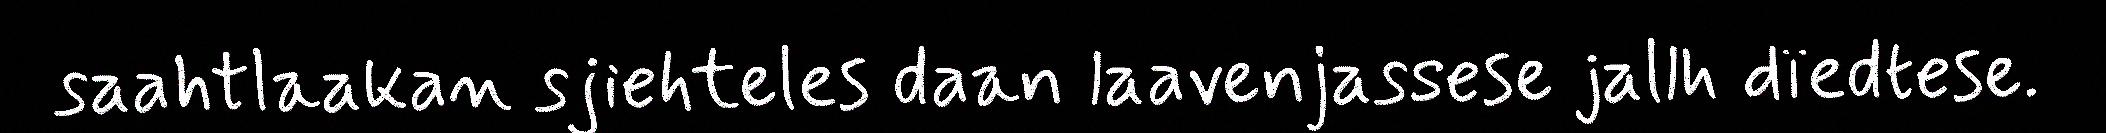
saahtlaakan sjiehteles daan laavenjassese jallh dïedtese.